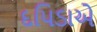
દપિડાએ